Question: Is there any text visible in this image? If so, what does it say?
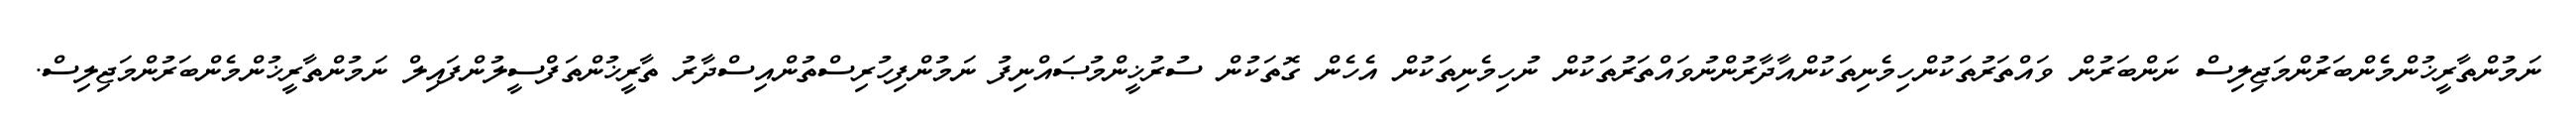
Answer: ނަމުންތާރީޚުންމެންބަރުންމަޖިލިސް ނަންބަރުން ވައްތަރުތަކުންހިމެނިތަކުންއާދާރުންނުވައްތަރުތަކުން ނުހިމެނިތަކުން އެހެން ގޮތަކުން ސުރުޚީންމުޞައްނިފު ނަމުންފިހުރިސްތުންއިސްދާރު ތާރީޚުންތަފްސީލުންފައިލް ނަމުންތާރީޚުންމެންބަރުންމަޖިލިސް.